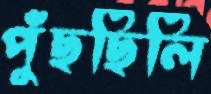
পুঁছছিলি